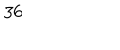
LaTeX: 3 6